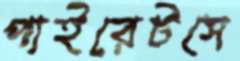
পাইরেটসে